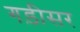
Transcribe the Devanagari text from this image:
गड़ीसर